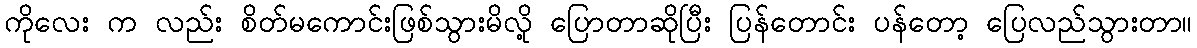
ကိုလေး က လည်း စိတ်မကောင်းဖြစ်သွားမိလို့ ပြောတာဆိုပြီး ပြန်တောင်း ပန်တော့ ပြေလည်သွားတာ။